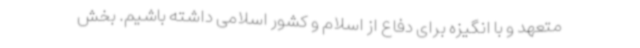
متعهد و با انگیزه برای دفاع از اسلام و کشور اسلامی داشته باشیم. بخش